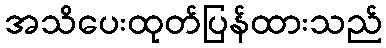
အသိပေးထုတ်ပြန်ထားသည်